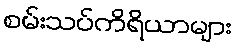
စမ်းသပ်ကိရိယာများ